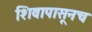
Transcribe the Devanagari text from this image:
शिवापासूनच